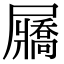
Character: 屫